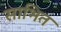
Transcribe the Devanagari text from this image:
साभित